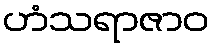
ဟံသရာဇာဝ